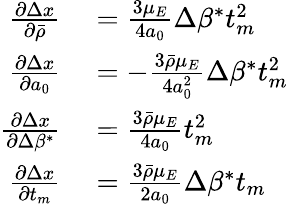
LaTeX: \begin{array}{rl}{\frac{\partial\Delta x}{\partial\bar{\rho}}}&{{}=\frac{3\mu_{E}}{4a_{0}}\Delta\beta^{*}t_{m}^{2}}\\ {\frac{\partial\Delta x}{\partial a_{0}}}&{{}=-\frac{3\bar{\rho}\mu_{E}}{4a_{0}^{2}}\Delta\beta^{*}t_{m}^{2}}\\ {\frac{\partial\Delta x}{\partial\Delta\beta^{*}}}&{{}=\frac{3\bar{\rho}\mu_{E}}{4a_{0}}t_{m}^{2}}\\ {\frac{\partial\Delta x}{\partial t_{m}}}&{{}=\frac{3\bar{\rho}\mu_{E}}{2a_{0}}\Delta\beta^{*}t_{m}}\end{array}